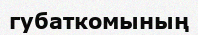
губаткомының